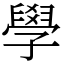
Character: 學